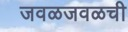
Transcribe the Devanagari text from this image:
जवळजवळची